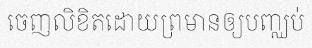
ចេញលិខិតដោយព្រមានឲ្យបញ្ឈប់